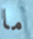
ما